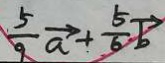
\frac { 5 } { 9 } \overrightarrow { a } + \frac { 5 } { 6 } \overrightarrow { b }